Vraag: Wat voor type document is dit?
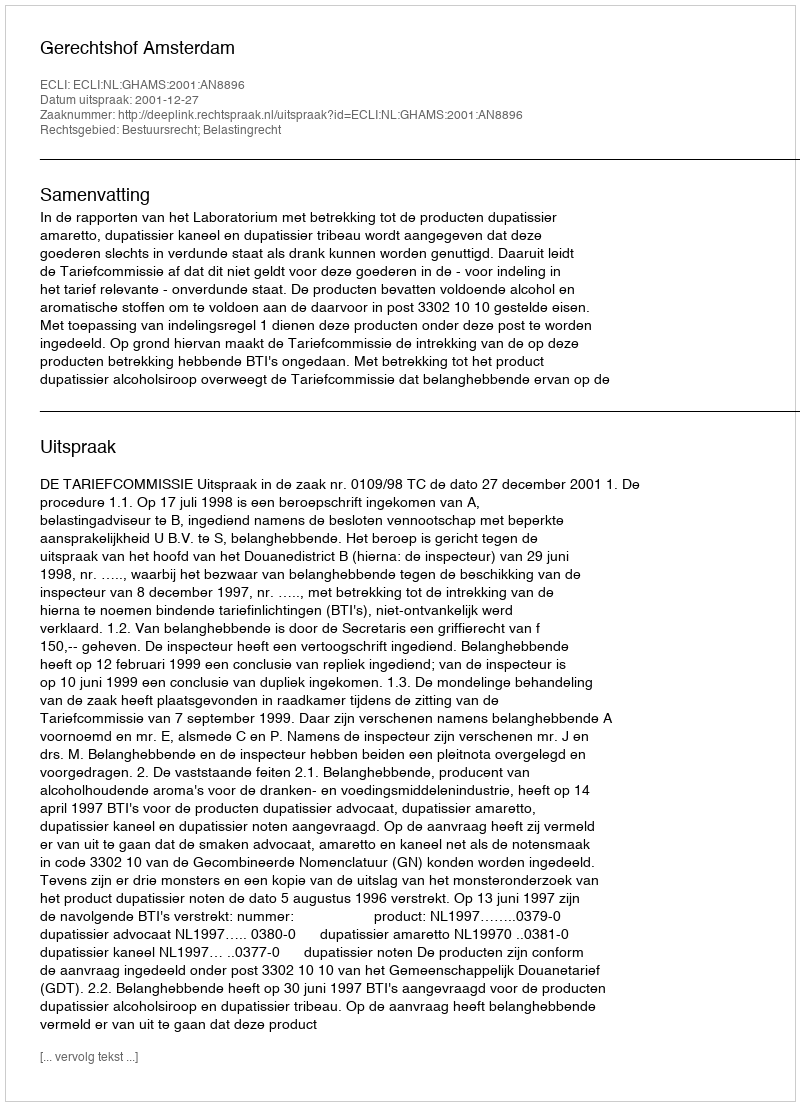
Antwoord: Uitspraak